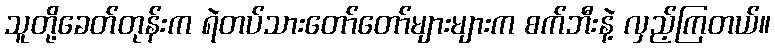
သူတို့ခေတ်တုန်းက ရဲတပ်သားတော်တော်များများက စက်ဘီးနဲ့ လှည့်ကြတယ်။